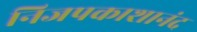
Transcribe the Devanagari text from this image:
निजपकाशानंद